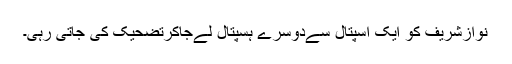
نوازشریف کو ایک اسپتال سےدوسرے ہسپتال لےجاکرتضحیک کی جاتی رہی۔